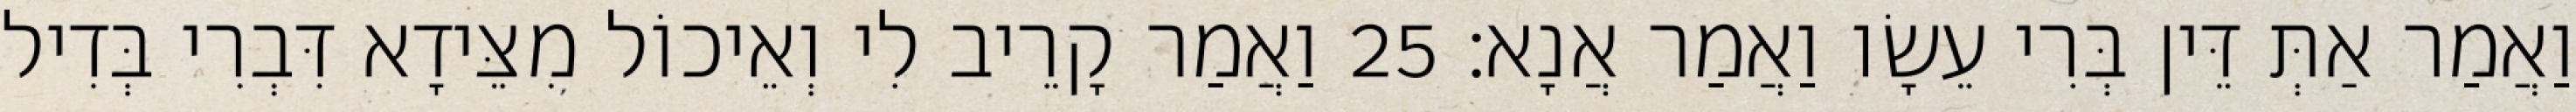
וַאֲמַר אַתְּ דֵּין בְּרִי עֵשָׂו וַאֲמַר אֲנָא׃ 25 וַאֲמַר קָרֵיב לִי וְאֵיכוֹל מִצֵּידָא דִּבְרִי בְּדִיל